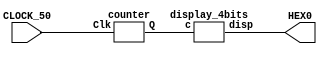
module ex5_4(HEX0, CLOCK_50);
    output [6:0] HEX0;
    input CLOCK_50;

    wire [3:0] Q;

    counter c0(Q, CLOCK_50);

    display_4bits d0(HEX0, Q);
endmodule

module counter(Q, Clk);
    input Clk;
    output reg [3:0] Q = 0;

    reg [26:0] t;

    always @(posedge Clk)
    begin
        if(t == 27'd50_000_000)
        begin
            t <= 0;
            Q <= (Q + 1) % 10;
        end
        else
            t <= t + 1;
    end
endmodule

module display_4bits(disp, c);
    input [3:0] c;
    output reg [6:0] disp;
    always @ (c)
    begin
        case (c)
            0: disp = 7'b1000000;
            1: disp = 7'b1111001;
            2: disp = 7'b0100100;
            3: disp = 7'b0110000;
            4: disp = 7'b0011001;
            5: disp = 7'b0010010;
            6: disp = 7'b0000010;
            7: disp = 7'b1111000;
            8: disp = 7'b0000000;
            9: disp = 7'b0010000;
            10: disp = 7'b0001000;
            11: disp = 7'b0000011;
            12: disp = 7'b1000110;
            13: disp = 7'b0100001;
            14: disp = 7'b0000110;
            15: disp = 7'b0001110;
        endcase
    end
endmodule